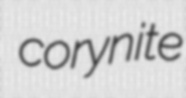
corynite